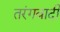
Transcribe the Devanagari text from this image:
तरंगवादी